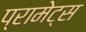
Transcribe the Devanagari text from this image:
प्रामेट्स